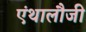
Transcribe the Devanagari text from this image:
एंथालौजी